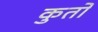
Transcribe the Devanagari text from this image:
कुतों